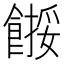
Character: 𩝺